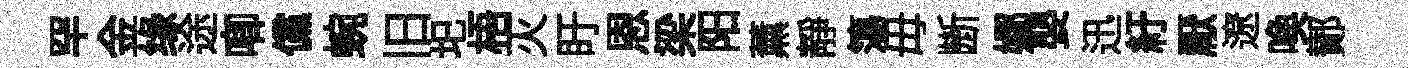
罕金缘途唧儻蜿旧圯梧灭盱恩梁阳薰靜簜毋㫁嫏嬰迅紆厭遼喚鄼